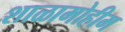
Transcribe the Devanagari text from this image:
शाळामोहीम